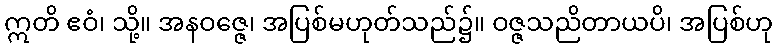
ဣတိ ဧဝံ၊ သို့။ အနဝဇ္ဇေ၊ အပြစ်မဟုတ်သည်၌။ ဝဇ္ဇသညိတာယပိ၊ အပြစ်ဟု